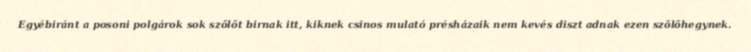
Egyébiránt a posoni polgárok sok szőlőt birnak itt, kiknek csinos mulató présházaik nem kevés diszt adnak ezen szőlőhegynek.